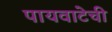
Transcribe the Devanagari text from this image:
पायवाटेची